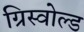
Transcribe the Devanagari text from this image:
ग्रिस्वोल्ड